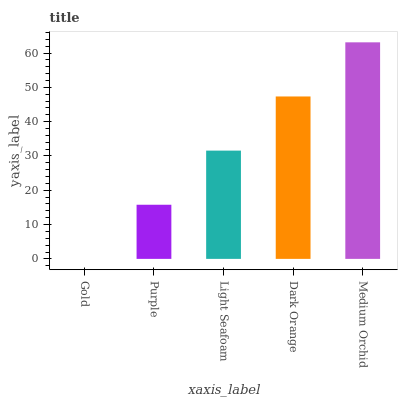
| xaxis_label | bars |
 | --- | --- |
 | Gold | 0 |
 | Purple | 15.8 |
 | Light Seafoam | 31.6 |
 | Dark Orange | 47.3 |
 | Medium Orchid | 63.1 |